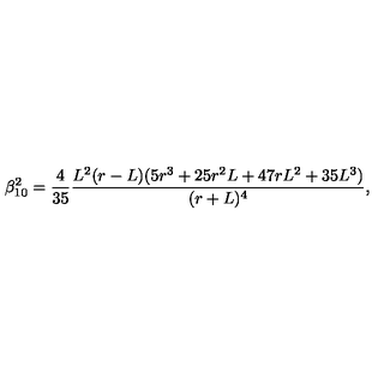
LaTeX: \beta _ { 1 0 } ^ { 2 } = \frac { 4 } { 3 5 } \frac { L ^ { 2 } ( r - L ) ( 5 r ^ { 3 } + 2 5 r ^ { 2 } L + 4 7 r L ^ { 2 } + 3 5 L ^ { 3 } ) } { ( r + L ) ^ { 4 } } ,